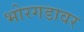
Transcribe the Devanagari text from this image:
भोरगडावर